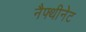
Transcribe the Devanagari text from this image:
नैफ्थीनेट